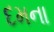
દમના